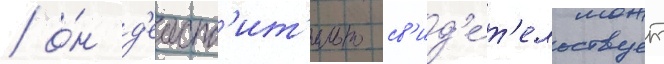
/ о́н д'еиств'ит'ельно св'ид'е́т'ельствует